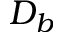
D _ { b }